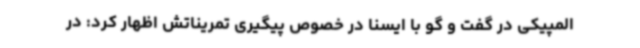
المپیکی در گفت و گو با ایسنا در خصوص پیگیری تمریناتش اظهار کرد: در